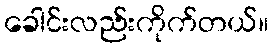
ခေါင်းလည်းကိုက်တယ်။